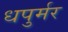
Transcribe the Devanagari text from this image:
धपुर्मर